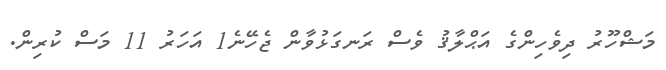
މަޝްހޫރު ދިވެހިންގެ އަޙްލާޤު ވެސް ރަނގަޅުވާން ޖެހޭނެ1 އަހަރު 11 މަސް ކުރިން.